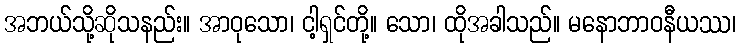
အဘယ်သို့ဆိုသနည်း။ အာဝုသော၊ ငါ့ရှင်တို့။ သော၊ ထိုအခါသည်။ မနောဘာဝနီယဿ၊